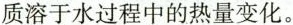
质溶于水过程中的热量变化。